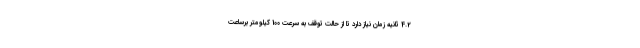
4.2 ثانیه زمان نیاز دارد تا از حالت توقف به سرعت 100 کیلومتر برساعت